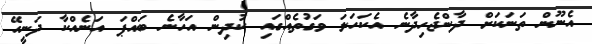
އެނޫން ތަނަކަށް ދާންޖެހިދާނެ އެކަހަލަ ވަގުތެއްގައި ކުދިން އަހާނެ ބައްޕަ އަނެއްކާ ދަނީހޭ